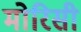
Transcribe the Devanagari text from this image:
मोरिसी